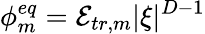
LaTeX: \phi_{m}^{eq}=\mathcal{E}_{tr,m}|\xi|^{D-1}